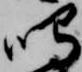
鳴